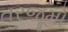
તરજૂમો